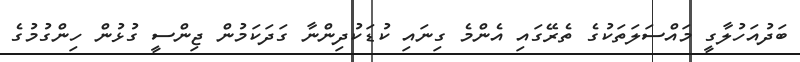
ބަދުއަހުލާގީ މައްސަލަތަކުގެ ތެރޭގައި އެންމެ ގިނައި ކުޑަކުދިންނާ ގަދަކަމުން ޖިންސީ ގުޅުން ހިންގުމުގެ